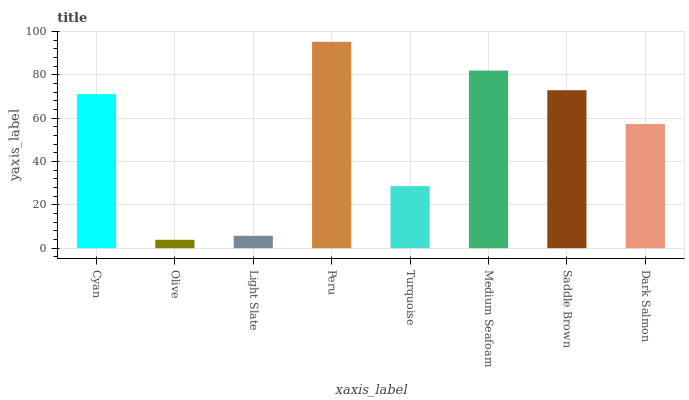
| xaxis_label | bars |
 | --- | --- |
 | Cyan | 71.1 |
 | Olive | 3.87 |
 | Light Slate | 5.71 |
 | Peru | 95.2 |
 | Turquoise | 28.6 |
 | Medium Seafoam | 82 |
 | Saddle Brown | 72.9 |
 | Dark Salmon | 57.3 |